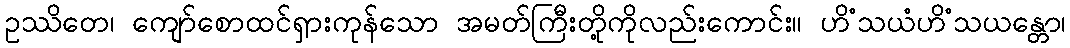
ဥဿိတေ၊ ကျော်စောထင်ရှားကုန်သော အမတ်ကြီးတို့ကိုလည်းကောင်း။ ဟိံသယံဟိံသယန္တော၊